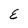
Character: E